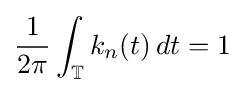
{\frac {1}{2\pi }}\int _{\mathbb {T} }k_{n}(t)\,dt=1